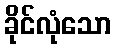
ခိုင်လုံသော